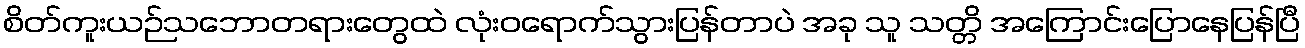
စိတ်ကူးယဉ်သဘောတရားတွေထဲ လုံးဝရောက်သွားပြန်တာပဲ အခု သူ သတ္တိ အကြောင်းပြောနေပြန်ပြီ